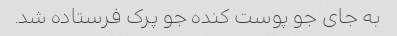
به جاى جو پوست کنده جو پرک فرستاده شد.